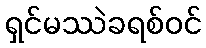
ရှင်မဿဲခရစ်ဝင်